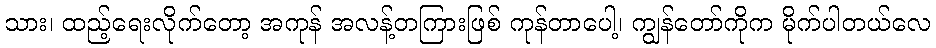
သား၊ ထည့်ရေးလိုက်တော့ အကုန် အလန့်တကြားဖြစ် ကုန်တာပေါ့၊ ကျွန်တော်ကိုက မိုက်ပါတယ်လေ